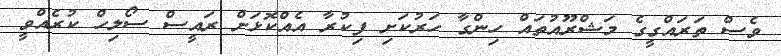
ވެސް ތަރައްގީގެ މަޝްރޫއުތައް ހިންގާ ހަރުކަށި ފިކުރާ އެއްކޮޅަށް ރައީސް ސޯލިހް ކުރެއްވީ